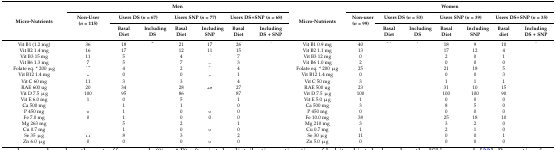
<table><thead><tr><td rowspan="3"><b>Micro-Nutrients</b></td><td colspan="7"><b>Men</b></td><td rowspan="3"><b>Micro-Nutrients</b></td><td colspan="7"><b>Women</b></td></tr><tr><td rowspan="2"><b>Non-User (<i>n</i> = 115)</b></td><td colspan="2"><b>Users DS (<i>n</i> = 67)</b></td><td colspan="2"><b>Users SNP (<i>n</i> = 77)</b></td><td colspan="2"><b>Users DS+SNP (<i>n</i> = 68)</b></td><td rowspan="2"><b>Non-user (<i>n</i> = 99)</b></td><td colspan="2"><b>Users DS (<i>n</i> = 53)</b></td><td colspan="2"><b>Users SNP (<i>n</i> = 39)</b></td><td colspan="2"><b>Users DS+SNP (<i>n</i> = 35)</b></td></tr><tr><td><b>Basal Diet</b></td><td><b>Including DS</b></td><td><b>Basal Diet</b></td><td><b>Including SNP</b></td><td><b>Basal Diet</b></td><td><b>Including DS + SNP</b></td><td><b>Basal Diet</b></td><td><b>Including DS</b></td><td><b>Basal Diet</b></td><td><b>Including SNP</b></td><td><b>Basal diet</b></td><td><b>Including DS + SNP</b></td></tr></thead><tbody><tr><td>Vit B1 (1.2 mg)</td><td>36</td><td>18</td><td>[EMPTY_CELL]</td><td>21</td><td>17</td><td>26</td><td>[EMPTY_CELL]</td><td>Vit B1 0.9 mg</td><td>40</td><td>[EMPTY_CELL]</td><td>[EMPTY_CELL]</td><td>18</td><td>9</td><td>10</td><td>[EMPTY_CELL]</td></tr><tr><td>Vit B2 1.4 mg</td><td>16</td><td>17</td><td>[EMPTY_CELL]</td><td>12</td><td>11</td><td>15</td><td>[EMPTY_CELL]</td><td>Vit B2 1.1 mg</td><td>13</td><td>[EMPTY_CELL]</td><td>[EMPTY_CELL]</td><td>17</td><td>12</td><td>4</td><td>[EMPTY_CELL]</td></tr><tr><td>Vit B3 15 mg</td><td>11</td><td>5</td><td>[EMPTY_CELL]</td><td>4</td><td>[EMPTY_CELL]</td><td>7</td><td>[EMPTY_CELL]</td><td>Vit B3 12 mg</td><td>0</td><td>[EMPTY_CELL]</td><td>[EMPTY_CELL]</td><td>2</td><td>0</td><td>1</td><td>[EMPTY_CELL]</td></tr><tr><td>Vit B6 1.3 mg</td><td>7</td><td>5</td><td>[EMPTY_CELL]</td><td>7</td><td>5</td><td>3</td><td>[EMPTY_CELL]</td><td>Vit B6 1.0 mg</td><td>2</td><td>[EMPTY_CELL]</td><td>[EMPTY_CELL]</td><td>0</td><td>0</td><td>0</td><td>[EMPTY_CELL]</td></tr><tr><td>Folate eq. * 200 μg</td><td>[EMPTY_CELL]</td><td>4</td><td>[EMPTY_CELL]</td><td>2</td><td>[EMPTY_CELL]</td><td>4</td><td>[EMPTY_CELL]</td><td>Folate eq. * 200 μg</td><td>25</td><td>[EMPTY_CELL]</td><td>[EMPTY_CELL]</td><td>21</td><td>18</td><td>5</td><td>[EMPTY_CELL]</td></tr><tr><td>Vit B12 1.4 mg</td><td>0</td><td>0</td><td>[EMPTY_CELL]</td><td>0</td><td>0</td><td>1</td><td>[EMPTY_CELL]</td><td>Vit B12 1.4 mg</td><td>0</td><td>[EMPTY_CELL]</td><td>[EMPTY_CELL]</td><td>0</td><td>0</td><td>3</td><td>[EMPTY_CELL]</td></tr><tr><td>Vit C 60 mg</td><td>11</td><td>3</td><td>[EMPTY_CELL]</td><td>3</td><td>[EMPTY_CELL]</td><td>4</td><td>[EMPTY_CELL]</td><td>Vit C 50 mg</td><td>3</td><td>[EMPTY_CELL]</td><td>[EMPTY_CELL]</td><td>1</td><td>1</td><td>1</td><td>[EMPTY_CELL]</td></tr><tr><td>RAE 600 ug</td><td>20</td><td>34</td><td>[EMPTY_CELL]</td><td>28</td><td>28</td><td>27</td><td>[EMPTY_CELL]</td><td>RAE 500 ug</td><td>23</td><td>[EMPTY_CELL]</td><td>[EMPTY_CELL]</td><td>31</td><td>10</td><td>15</td><td>[EMPTY_CELL]</td></tr><tr><td>Vit D 7.5 μg</td><td>100</td><td>95</td><td>[EMPTY_CELL]</td><td>86</td><td>[EMPTY_CELL]</td><td>87</td><td>[EMPTY_CELL]</td><td>Vit D 7.5 μg</td><td>100</td><td>[EMPTY_CELL]</td><td>[EMPTY_CELL]</td><td>100</td><td>100</td><td>90</td><td>[EMPTY_CELL]</td></tr><tr><td>Vit E 6.0 mg</td><td>1</td><td>0</td><td>[EMPTY_CELL]</td><td>5</td><td>[EMPTY_CELL]</td><td>1</td><td>[EMPTY_CELL]</td><td>Vit E 5.0 μg</td><td>1</td><td>[EMPTY_CELL]</td><td>[EMPTY_CELL]</td><td>0</td><td>0</td><td>0</td><td>[EMPTY_CELL]</td></tr><tr><td>Ca 500 mg</td><td>[EMPTY_CELL]</td><td>1</td><td>[EMPTY_CELL]</td><td>1</td><td>[EMPTY_CELL]</td><td>0</td><td>[EMPTY_CELL]</td><td>Ca 500 mg</td><td>3</td><td>[EMPTY_CELL]</td><td>[EMPTY_CELL]</td><td>8</td><td>5</td><td>0</td><td>[EMPTY_CELL]</td></tr><tr><td>P 450 mg</td><td>0</td><td>1</td><td>[EMPTY_CELL]</td><td>0</td><td>0</td><td>0</td><td>[EMPTY_CELL]</td><td>P 450 mg</td><td>0</td><td>[EMPTY_CELL]</td><td>[EMPTY_CELL]</td><td>0</td><td>0</td><td>0</td><td>[EMPTY_CELL]</td></tr><tr><td>Fe 7.0 mg</td><td>0</td><td>1</td><td>[EMPTY_CELL]</td><td>0</td><td>0</td><td>0</td><td>[EMPTY_CELL]</td><td>Fe 10.0 mg</td><td>38</td><td>[EMPTY_CELL]</td><td>[EMPTY_CELL]</td><td>25</td><td>18</td><td>10</td><td>[EMPTY_CELL]</td></tr><tr><td>Mg 263 mg</td><td>[EMPTY_CELL]</td><td>5</td><td>[EMPTY_CELL]</td><td>2</td><td>[EMPTY_CELL]</td><td>1</td><td>[EMPTY_CELL]</td><td>Mg 210 mg</td><td>3</td><td>[EMPTY_CELL]</td><td>[EMPTY_CELL]</td><td>3</td><td>2</td><td>0</td><td>[EMPTY_CELL]</td></tr><tr><td>Cu 0.7 mg</td><td>[EMPTY_CELL]</td><td>1</td><td>[EMPTY_CELL]</td><td>0</td><td>0</td><td>0</td><td>[EMPTY_CELL]</td><td>Cu 0.7 mg</td><td>1</td><td>[EMPTY_CELL]</td><td>[EMPTY_CELL]</td><td>2</td><td>1</td><td>0</td><td>[EMPTY_CELL]</td></tr><tr><td>Se 35 μg</td><td>11</td><td>8</td><td>[EMPTY_CELL]</td><td>3</td><td>[EMPTY_CELL]</td><td>2</td><td>[EMPTY_CELL]</td><td>Se 30 μg</td><td>11</td><td>[EMPTY_CELL]</td><td>[EMPTY_CELL]</td><td>0</td><td>0</td><td>1</td><td>[EMPTY_CELL]</td></tr><tr><td>Zn 6.0 μg</td><td>0</td><td>0</td><td>[EMPTY_CELL]</td><td>0</td><td>0</td><td>0</td><td>[EMPTY_CELL]</td><td>Zn 5.0 μg</td><td>0</td><td>[EMPTY_CELL]</td><td>[EMPTY_CELL]</td><td>0</td><td>0</td><td>0</td><td>[EMPTY_CELL]</td></tr></tbody></table>